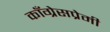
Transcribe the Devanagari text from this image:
काँग्रेसप्रेमी